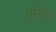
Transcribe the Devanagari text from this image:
एंरिक़े